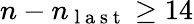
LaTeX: n-n_{\mathrm{~l~a~s~t~}}\ge 14